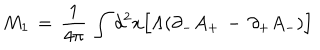
M _ { 1 } \, = \, { \frac { 1 } { 4 \pi } } \, \int d ^ { 2 } x \Big [ \Lambda ( \partial _ { - } A _ { + } \, - \, \partial _ { + } A _ { - } ) \Big ]